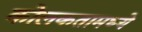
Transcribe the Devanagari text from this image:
कोलकतामध्ये